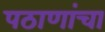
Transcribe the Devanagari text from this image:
पठाणांचा